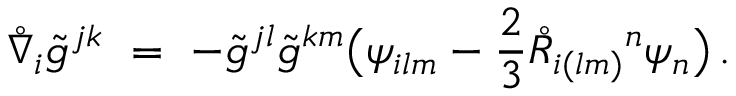
\mathring { \nabla } _ { i } \tilde { g } ^ { j k } \ = \ - \tilde { g } ^ { j l } \tilde { g } ^ { k m } \big ( \psi _ { i l m } - \frac 2 3 \mathring { R } _ { i ( l m ) } { } ^ { n } \psi _ { n } \big ) \, .